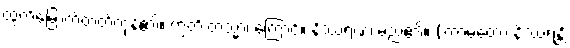
ထွက်မြောက်တတ်ကုန်၏။ ဣတိ တသ္မာ၊ ကြောင့်။ နိဿရဏံ၊ မည်၏။ (ကာမတော နိဿရန္တိ